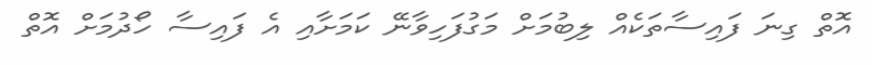
އޮތް ގިނަ ފައިސާތަކެއް ލިބުމަށް މަގުފަހިވާނޭ ކަމަށާއި އެ ފައިސާ ހޯދުމަށް އޮތް